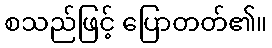
စသည်ဖြင့် ပြောတတ်၏။